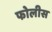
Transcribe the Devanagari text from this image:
फोलीस